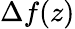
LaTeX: \Delta f(z)